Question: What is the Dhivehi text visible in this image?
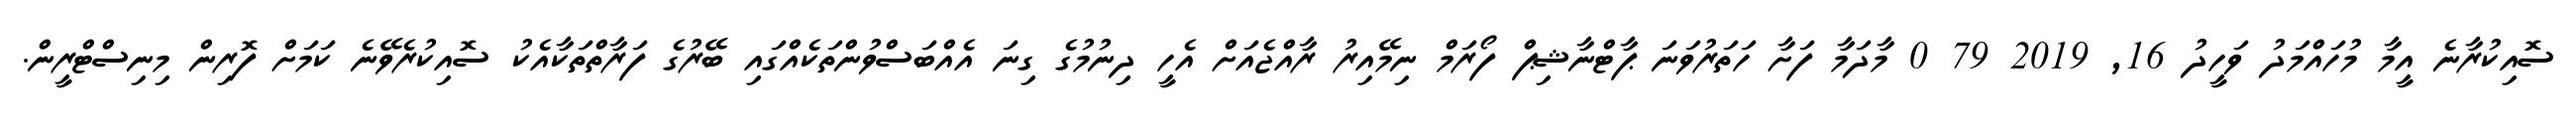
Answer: ސޮއިކުރާނެ އީމާ މުހައްމަދު ވަހީދު 16, 2019 79 0 މާދަމާ ފަށާ ހަތަރުވަނަ ޕާޓްނާޝިޕް ފޯރަމް ނިމޭއިރު ރާއްޖެއަށް އެހީ ދިނުމުގެ ގިނަ އެއްބަސްވުންތަކެއްގައި ބޭރުގެ ފަރާތްތަކާއެކު ސޮއިކުރެވޭނެ ކަމަށް ފޮރިން މިނިސްޓްރީން.